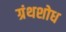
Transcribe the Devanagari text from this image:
ग्रंथशोध